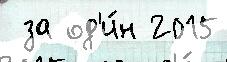
 за од'и́н 2015